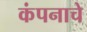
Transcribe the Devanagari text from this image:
कंपनाचे